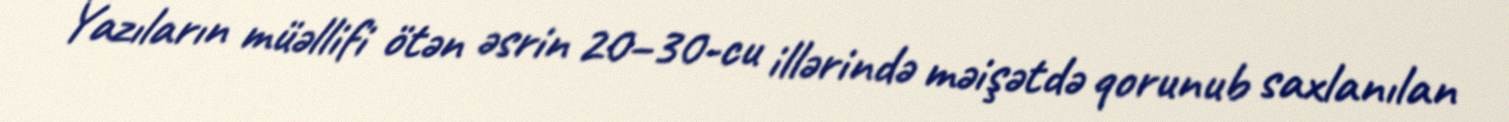
Yazıların müəllifi ötən əsrin 20–30-cu illərində məişətdə qorunub saxlanılan